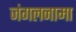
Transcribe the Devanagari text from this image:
जंगलनामा